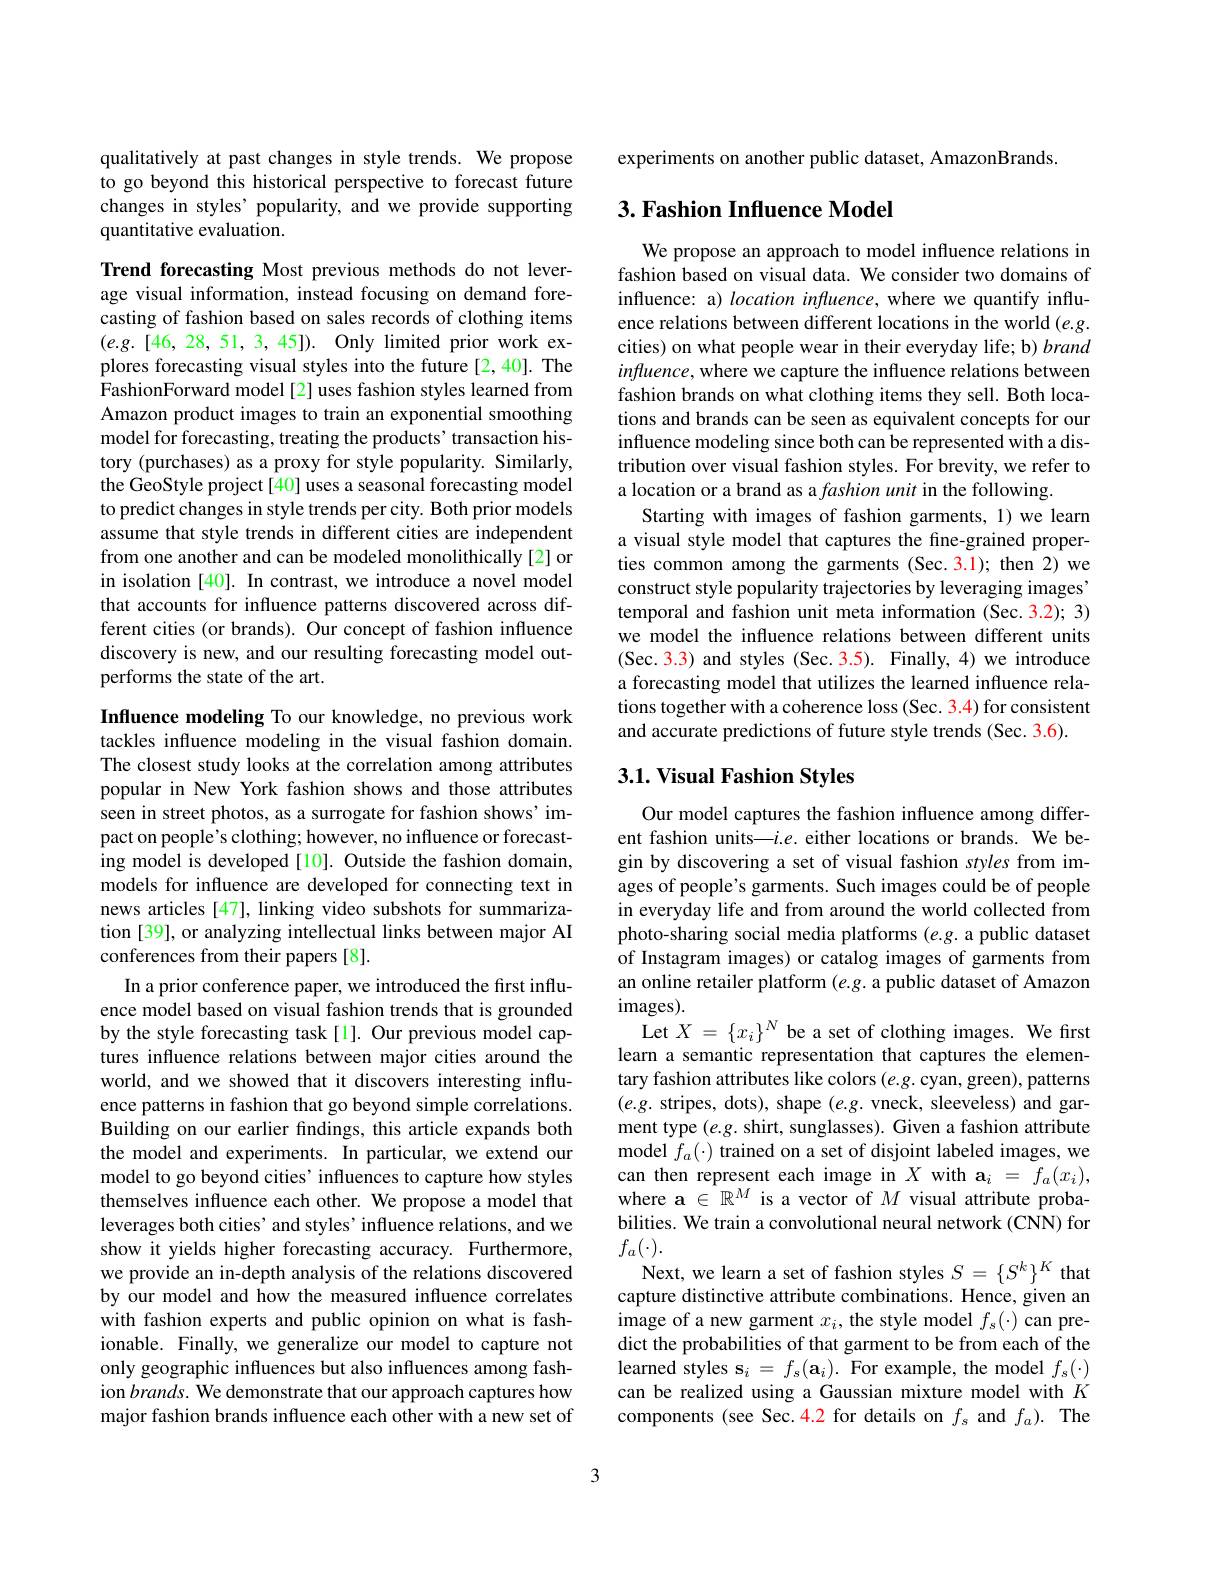
qualitatively at past changes in style trends. We propose to go beyond this historical perspective to forecast future changes in styles' popularity, and we provide supporting quantitative evaluation.

Trend forecasting Most previous methods do not leverage visual information, instead focusing on demand forecasting of fashion based on sales records of clothing items $( e. g. [ 46, 28, 51, 3, 45] ) .$ Only limited prior work explores forecasting visual styles into the future[2,40]. The FashionForward model[2] uses fashion styles learned from Amazon product images to train an exponential smoothing model for forecasting, treating the products' transaction history (purchases) as a proxy for style popularity. Similarly, the GeoStyle project[40] uses a seasonal forecasting model to predict changes in style trends per city. Both prior models assume that style trends in different cities are independent from one another and can be modeled monolithically[2] or in isolation [40]. In contrast, we introduce a novel model that accounts for influence patterns discovered across different cities (or brands). Our concept of fashion influence discovery is new, and our resulting forecasting model outperforms the state of the art.

Influence modeling To our knowledge, no previous work tackles influence modeling in the visual fashion domain. The closest study looks at the correlation among attributes popular in New York fashion shows and those attributes seen in street photos, as a surrogate for fashion shows'impact on people's clothing; however, no influence or forecast- $\hat{\text{ing model is developed[10]. Outside the fashion domain,}}$ models for influence are developed for connecting text in news articles [47], linking video subshots for summarization [39], or analyzing intellectual links between major AI conferences from their papers [8].

In a prior conference paper, we introduced the first influence model based on visual fashion trends that is grounded by the style forecasting task[1]. Our previous model captures influence relations between major cities around the world, and we showed that it discovers interesting influence patterns in fashion that go beyond simple correlations. Building on our earlier findings, this article expands both the model and experiments. In particular, we extend our model to go beyond cities' influences to capture how styles themselves influence each other. We propose a model that leverages both cities' and styles' influence relations, and we show it yields higher forecasting accuracy. Furthermore, we provide an in-depth analysis of the relations discovered by our model and how the measured influence correlates with fashion experts and public opinion on what is fashionable. Finally, we generalize our model to capture not only geographic influences but also influences among fashion $brands.$ We demonstrate that our approach captures how major fashion brands influence each other with a new set of

experiments on another public dataset, AmazonBrands.

## 3. Fashion Influence Model

We propose an approach to model influence relations in fashion based on visual data. We consider two domains of influence: a) location influence, where we quantify influence relations between different locations in the world $(e.g.$ cities) on what people wear in their everyday life; b) brand influence, where we capture the influence relations between fashion brands on what clothing items they sell. Both locations and brands can be seen as equivalent concepts for our influence modeling since both can be represented with a distribution over visual fashion styles. For brevity, we refer to a location or a brand as a fashion unit in the following.
Starting with images of fashion garments, 1) we learn a visual style model that captures the fine-grained properties common among the garments (Sec.3.1); then 2) we construct style popularity trajectories by leveraging images' temporal and fashion unit meta information (Sec.3.2); 3) we model the influence relations between different units (Sec. 3.3) and styles (Sec. 3.5). Finally, 4) we introduce a forecasting model that utilizes the learned influence relations together with a coherence loss (Sec. 3.4) for consistent and accurate predictions of future style trends (Sec. 3.6).

## 3.1. Visual Fashion Styles

Our model captures the fashion influence among different fashion units—$i.e.$ either locations or brands. We begin by discovering a set of visual fashion styles from images of people's garments. Such images could be of people in everyday life and from around the world collected from photo-sharing social media platforms $(e.g.$ a public dataset of Instagram images) or catalog images of garments from an online retailer platform $(e.g.$ a public dataset of Amazon images).
Let $X=\{x_i\}^N$ be a set of clothing images. We first learn a semantic representation that captures the elementary fashion attributes like colors $(e.g.$ cyan, green), patterns $(e.g.$ stripes, dots), shape $(e.g.$ vneck, sleeveless) and garment type $(e.g.$ shirt, sunglasses). Given a fashion attribute model $f_a(\cdot)$ trained on a set of disjoint labeled images, we can then represent each image in $X$ with $\mathbf{a}_i=f_a(x_i)$, where $\mathbf{a}\in\mathbb{R}^M$ is a vector of $M$ visual attribute probabilities. We train a convolutional neural network (CNN) for $f_a(\cdot).$
Next, we learn a set of fashion styles $S=\left\{S^k\right\}^K$ that capture distinctive attribute combinations. Hence, given an image of a new garment $x_i$, the style model $f_s(\cdot)$ can predict the probabilities of that garment to be from each of the learned styles $\mathbf{s}_i=f_s(\mathbf{a}_i).$ For example, the model $f_s(\cdot)$ can be realized using a Gaussian mixture model with $K$ components (see Sec.4.2 for details on $f_s$ and $f_a).$ The

3